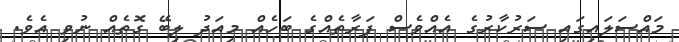
މައްސަލައިގައި ސަރުކާރުގެ އެއްވެސް ފަރާތެއްގެ ބަހެއް މިއަދު ލިބޭ ގޮތެއް ނުވި އެވެ.